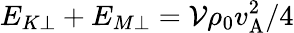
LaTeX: E_{K\perp}+E_{M\perp}=\mathcal{V}\rho_{0}v_{\mathrm{{A}}}^{2}/4